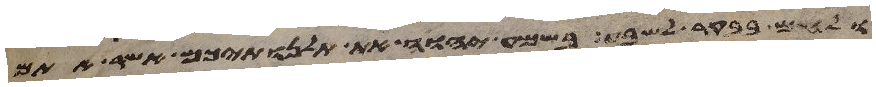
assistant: ולחם בבקר לשבע בשמע יהוה את תלנתיכם אשר אתם